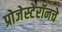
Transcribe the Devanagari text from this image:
प्रोजेस्टेरॉनचे